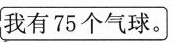
我有75个气球。